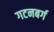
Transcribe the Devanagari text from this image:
गटनबर्ग